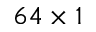
6 4 \times 1